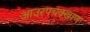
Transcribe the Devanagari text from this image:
आउरपचक्खाण